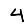
Digit: 4